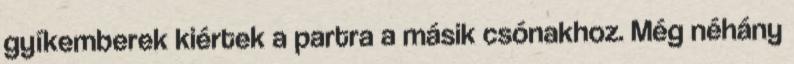
gyíkemberek kiértek a partra a másik csónakhoz. Még néhány